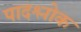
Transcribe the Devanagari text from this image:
पादश्लोक